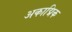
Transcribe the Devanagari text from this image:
अकाद्मिक